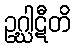
ဥဂ္ဃါဋီတိ